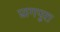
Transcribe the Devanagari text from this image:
प्रागपुरा